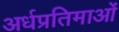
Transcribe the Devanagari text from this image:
अर्धप्रतिमाओं